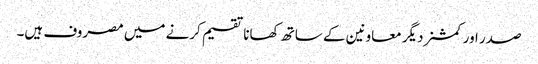
صدر اور کمشنردیگر معاونین کے ساتھ کھانا تقسیم کرنے میں مصروف ہیں۔